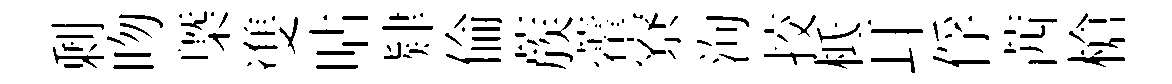
剰吻槩㕠呫肄倫蔟藿寮洵挍柢耳俘茜槍